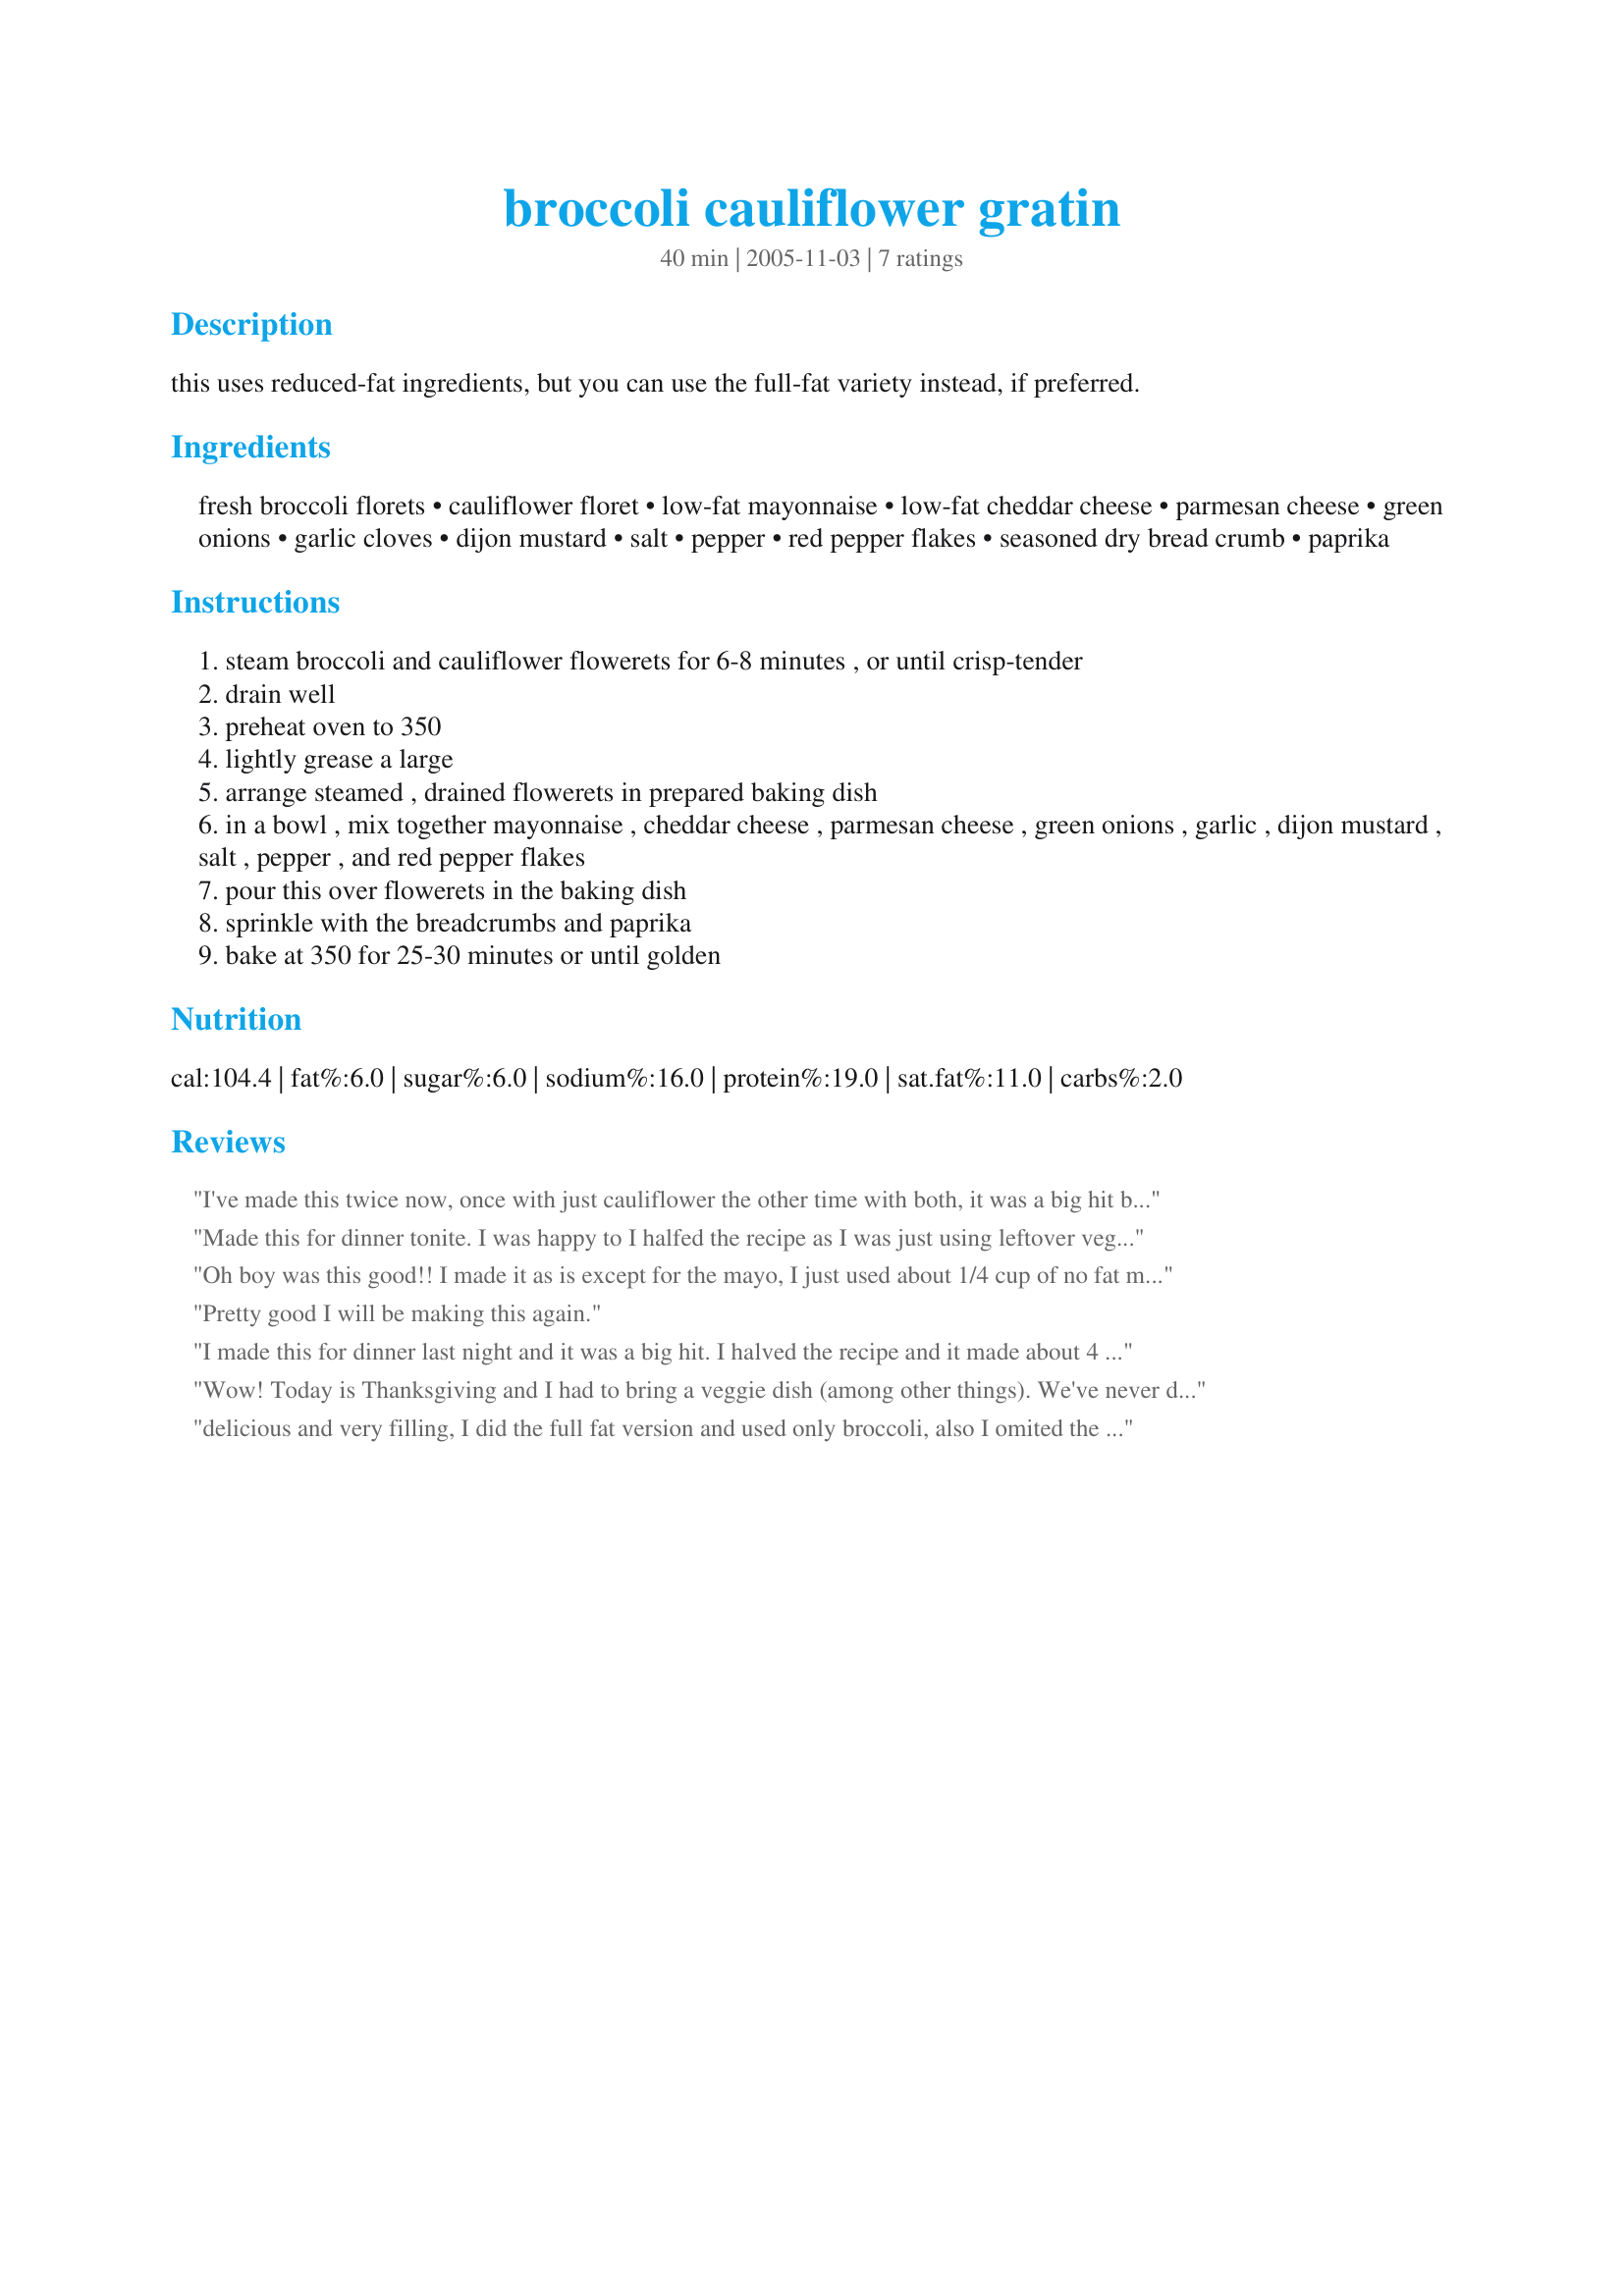
broccoli cauliflower gratin
Preparation time: 40 minutes

this uses reduced-fat ingredients, but you can use the full-fat variety instead, if preferred.

Ingredients:
fresh broccoli florets, cauliflower floret, low-fat mayonnaise, low-fat cheddar cheese, parmesan cheese, green onions, garlic cloves, dijon mustard, salt, pepper, red pepper flakes, seasoned dry bread crumb, paprika

Steps:
steam broccoli and cauliflower flowerets for 6-8 minutes , or until crisp-tender
drain well
preheat oven to 350
lightly grease a large
arrange steamed , drained flowerets in prepared baking dish
in a bowl , mix together mayonnaise , cheddar cheese , parmesan cheese , green onions , garlic , dijon mustard , salt , pepper , and red pepper flakes
pour this over flowerets in the baking dish
sprinkle with the breadcrumbs and paprika
bake at 350 for 25-30 minutes or until golden

Reviews:
I've made this twice now, once with just cauliflower the other time with both, it was a big hit both times. I made full fat version because thats what we like. Will definitely make again.
Made this for dinner tonite. I was happy to I halfed the recipe as I was just using leftover veggies from a vegetable tray. I also used the full-fat version because that is all I had on hand. Absolutely fantastic - Thanks for a great recipe!
Oh boy was this good!! I made it as is except for the mayo, I just used about 1/4 cup of no fat mayo.
The combination of flavours is just fantastic. This will make a great veggie side for company! Thanks for posting!
Pretty good I will be making this again.
I made this for dinner last night and it was a big hit. I halved the recipe and it made about 4 servings. I steamed the vegetables for 6 minutes as indicated, but feel that was too long as the vegetables were somewhat overdone...but sill delicious. I didn't have cheddar or parmesan on hand, so I used gruyere and romano. I will definitely be making this dish again and again.
Wow! Today is Thanksgiving and I had to bring a veggie dish (among other things). We've never done a broccoli dish before, so I made this. We haven't had dinner yet, but I just had to try it before serving it. I LOVE IT! This is by far the best broccoli I've ever had! It's sure to be a hit! Thanks for posting-it'll be a quick "regular" at our Thanksgiving table!
delicious and very filling, I did the full fat version and used only broccoli, also I omited the bread crumb topping and sprinkled with Parmesan cheese, will make this again, it's very good, thanks for sharing hon!...Kitten:)
